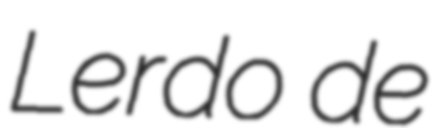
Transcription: Lerdo de